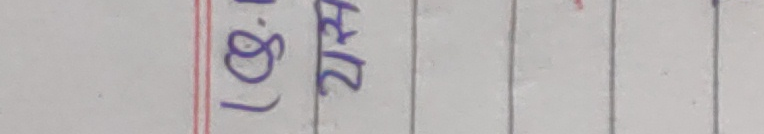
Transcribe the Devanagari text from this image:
(८.७) २५